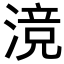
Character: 𬈣